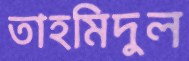
তাহমিদুল